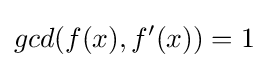
gcd(f(x),f'(x))=1